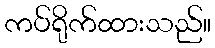
ကပ်ရိုက်ထားသည်။